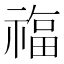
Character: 𮂊